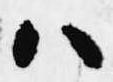
ハ